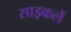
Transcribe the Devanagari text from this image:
साइकलें